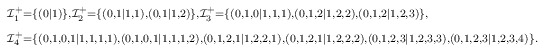
\begin{align*} \begin{aligned} & \scriptstyle \mathcal{I}_1^+=\{(0|1)\}, \mathcal{I}_2^+=\{(0,1|1,1),(0,1|1,2)\}, \mathcal{I}_3^+=\{(0,1,0|1,1,1),(0,1,2|1,2,2),(0,1,2|1,2,3)\}, \\ & \scriptstyle \mathcal{I}_4^+=\{(0,1,0,1|1,1,1,1),(0,1,0,1|1,1,1,2),(0,1,2,1|1,2,2,1), (0,1,2,1|1,2,2,2),(0,1,2,3|1,2,3,3),(0,1,2,3|1,2,3,4)\}. \end{aligned} \end{align*}